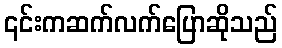
၎င်းကဆက်လက်ပြောဆိုသည်